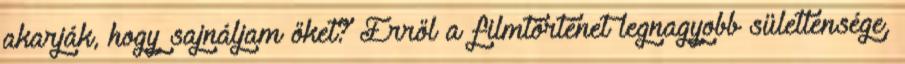
akarják, hogy sajnáljam őket? Erről a filmtörténet legnagyobb sületlensége,